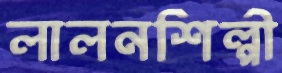
লালনশিল্পী